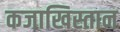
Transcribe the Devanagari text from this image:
कजाखिस्तान